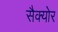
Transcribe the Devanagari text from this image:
सैक्योर